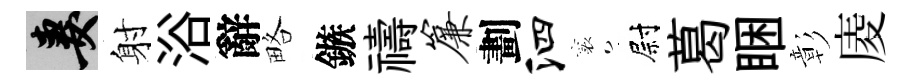
妻射浴辭略鏃禱帘劃泗襄尉葛睏彰庱